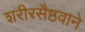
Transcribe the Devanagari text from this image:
शरीरसैष्ठवाने